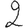
Digit: 2